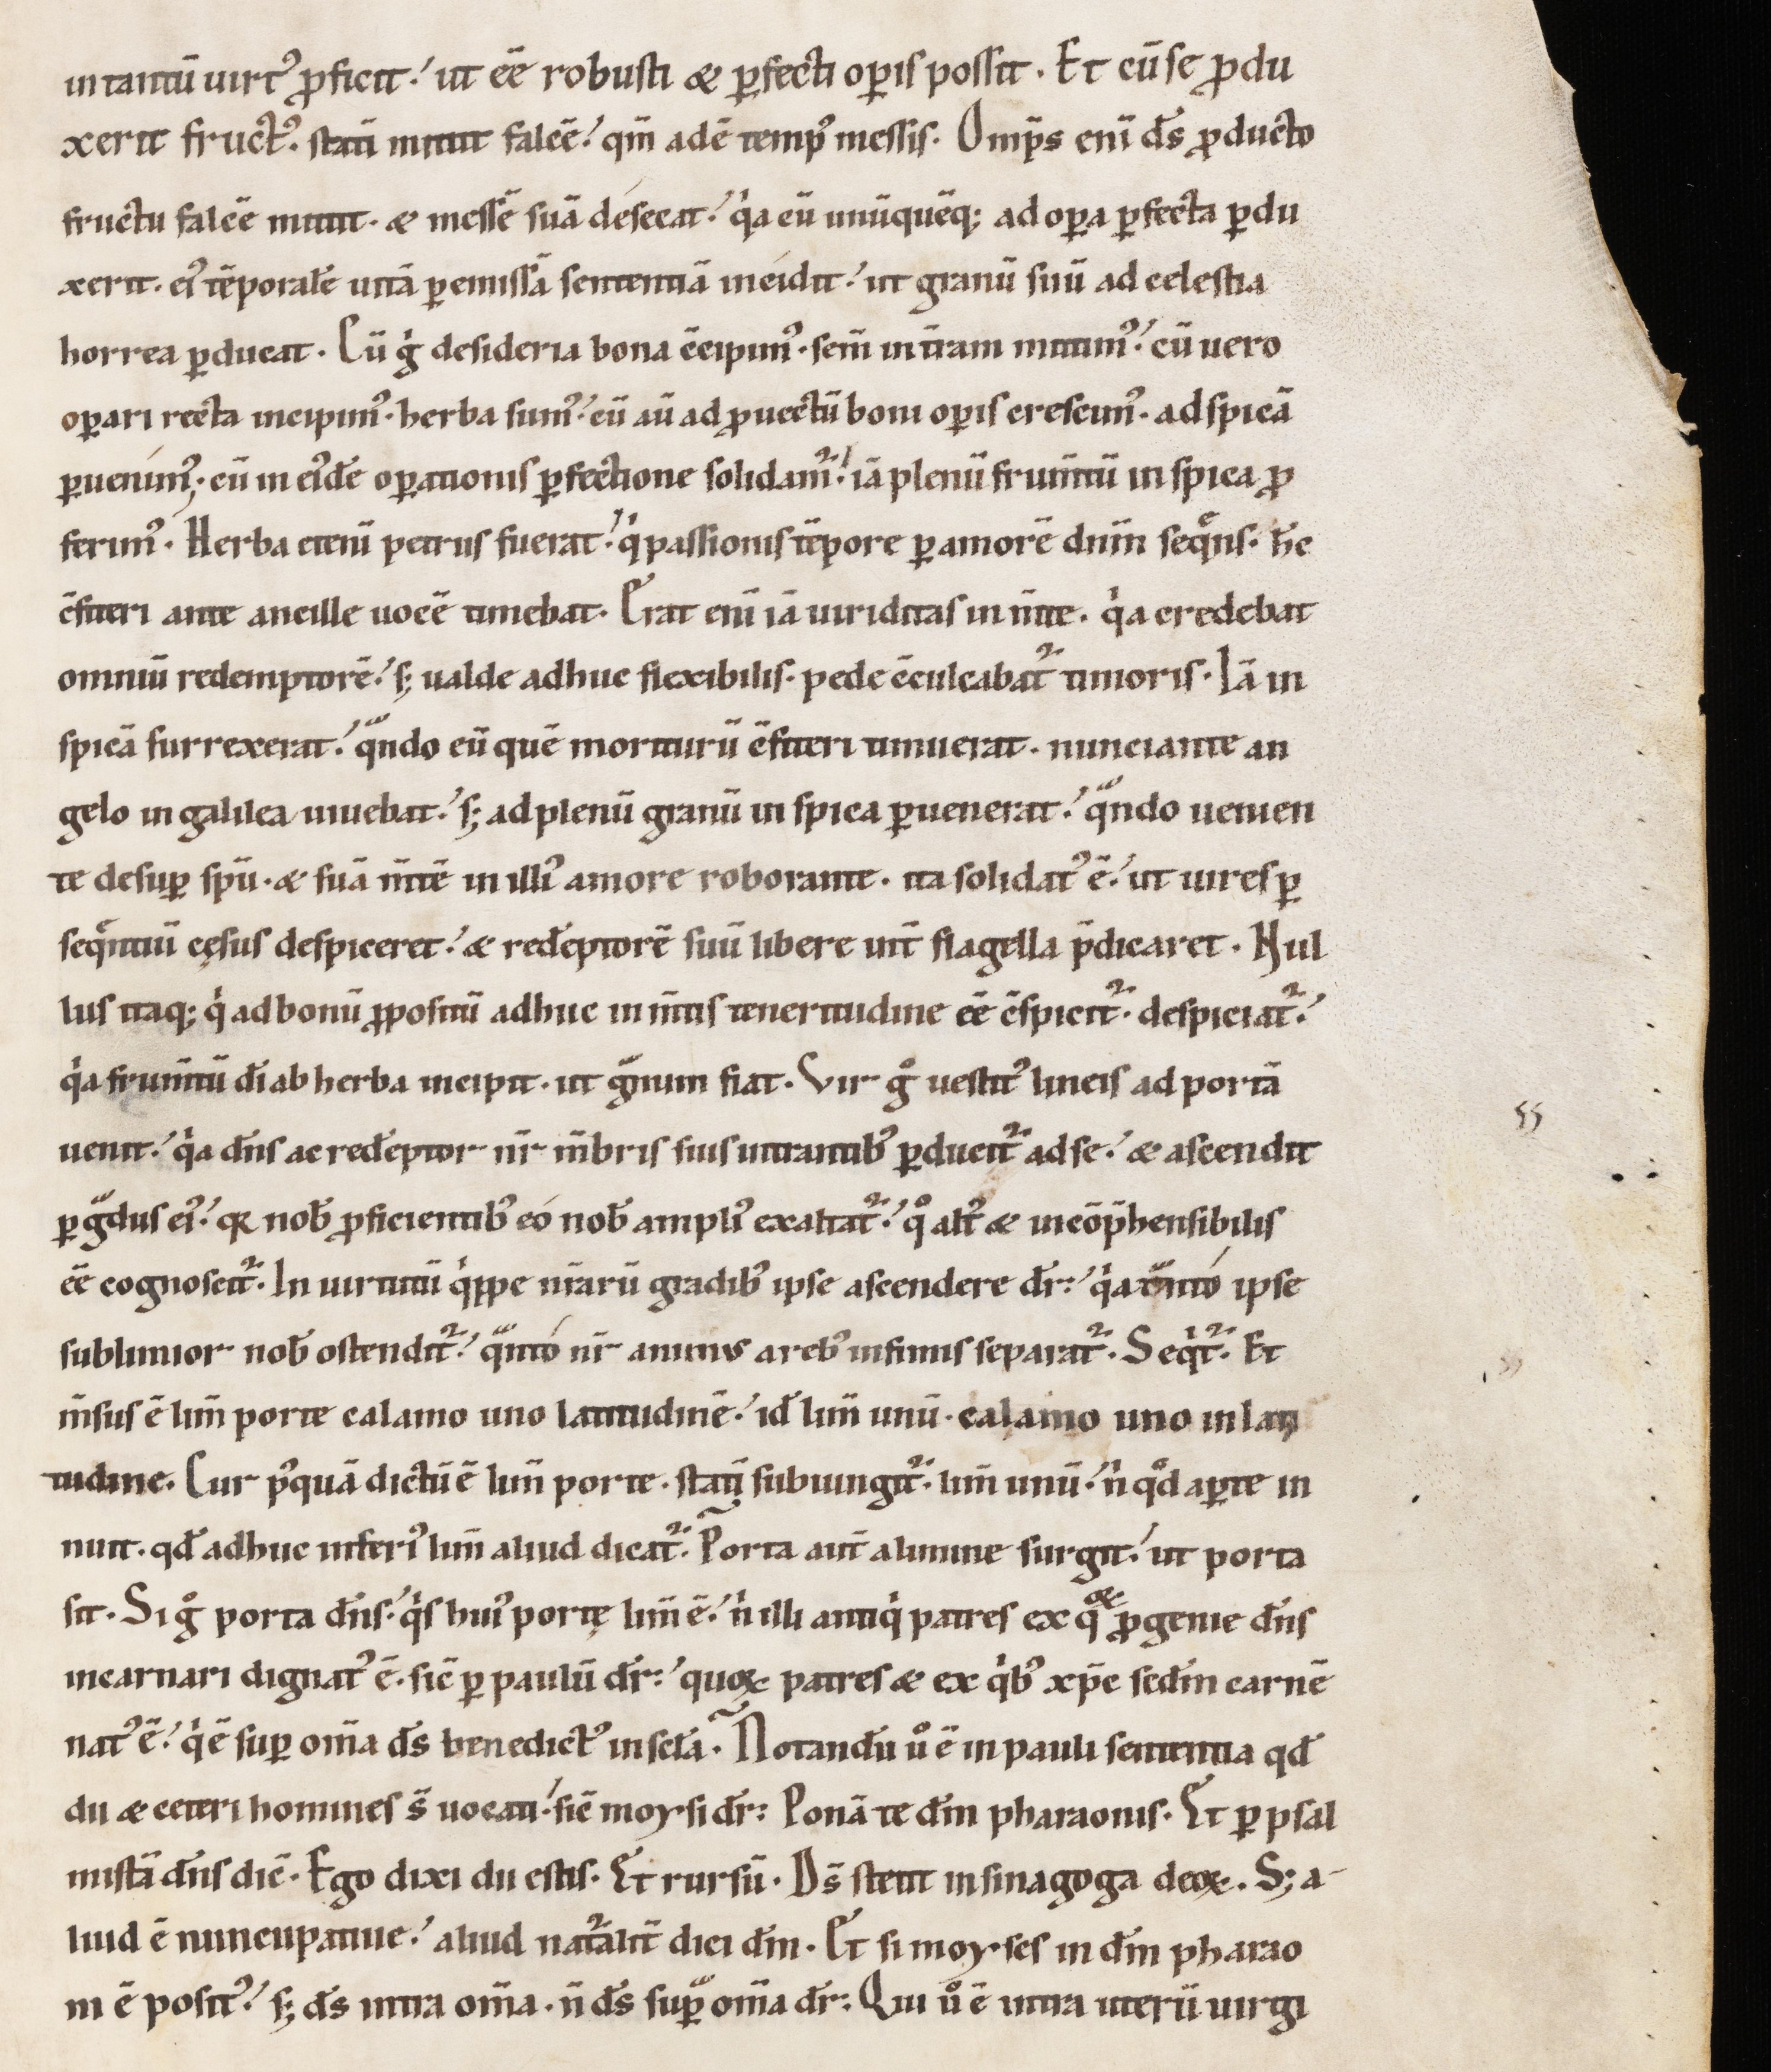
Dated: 1100–1199